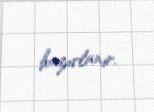
hazırlanır.